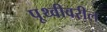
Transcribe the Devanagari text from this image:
पृ्थ्वीवरील